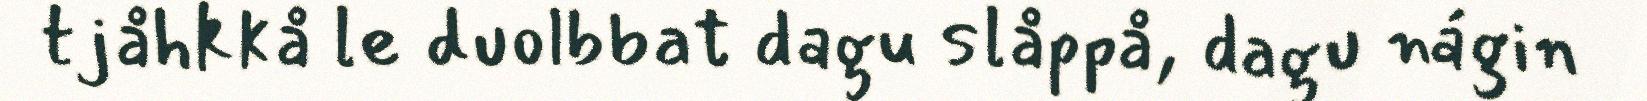
tjåhkkå le duolbbat dagu slåppå, dagu nágin